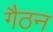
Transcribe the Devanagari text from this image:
गैठन